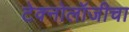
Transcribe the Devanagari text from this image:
टेक्नोलॉजीचा